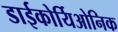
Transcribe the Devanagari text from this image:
डाईकोर्यिओनिक